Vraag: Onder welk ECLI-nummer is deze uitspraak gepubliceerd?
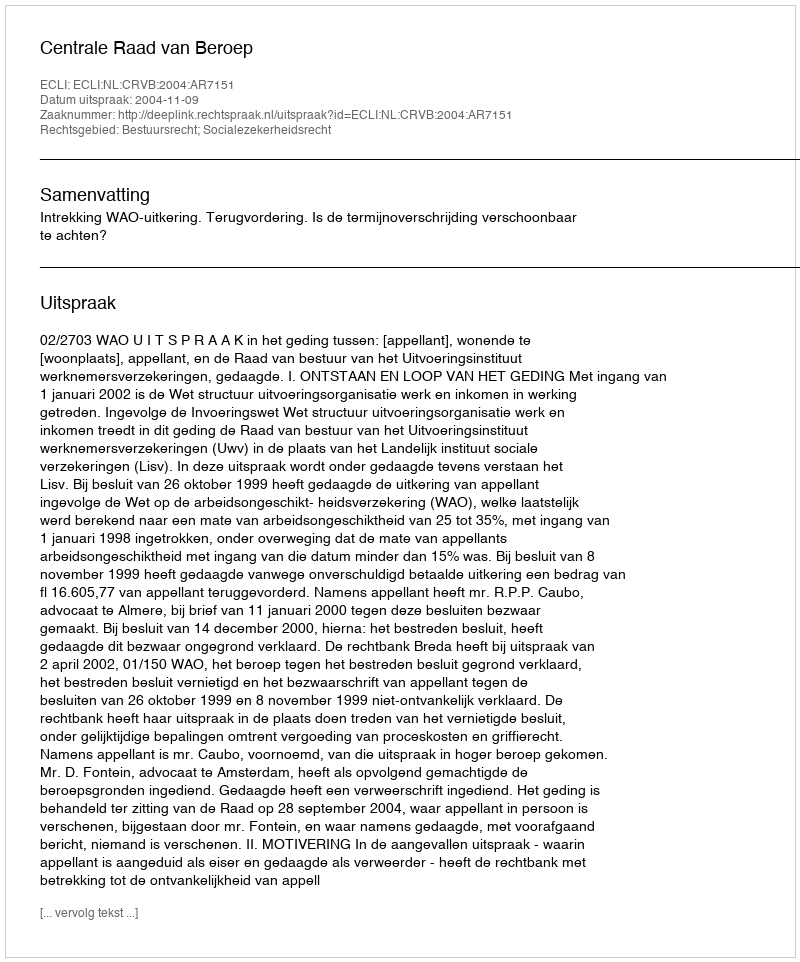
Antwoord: ECLI:NL:CRVB:2004:AR7151